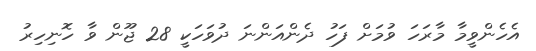
އެހެންވީމާ މާރަހަ ވުމަށް ފަހު ދެންއަންނަ ދުވަހަކީ 28 ޖޫން ވާ ހޮނިހިރު